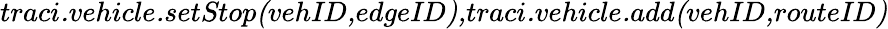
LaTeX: \textit{traci.vehicle.setStop(vehID,edgeID),traci.vehicle.add(vehID,routeID)}